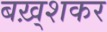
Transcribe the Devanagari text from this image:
बख़्शकर